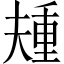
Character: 𫯰